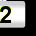
Digit: 2